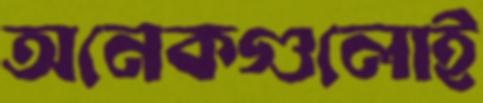
অনেকগুলোই